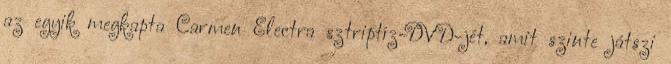
az egyik megkapta Carmen Electra sztriptíz-DVD-jét, amit szinte játszi